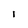
Character: 1